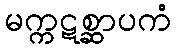
မက္ကဋစ္ဆာပကံ